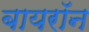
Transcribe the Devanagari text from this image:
बायरॉन